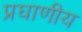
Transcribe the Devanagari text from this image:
प्रघाणीय